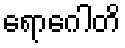
ရောဂေါတိ